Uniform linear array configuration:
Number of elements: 8
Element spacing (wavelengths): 1
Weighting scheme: hann
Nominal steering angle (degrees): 30
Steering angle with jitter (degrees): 29.106
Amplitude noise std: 0.05
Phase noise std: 0.05

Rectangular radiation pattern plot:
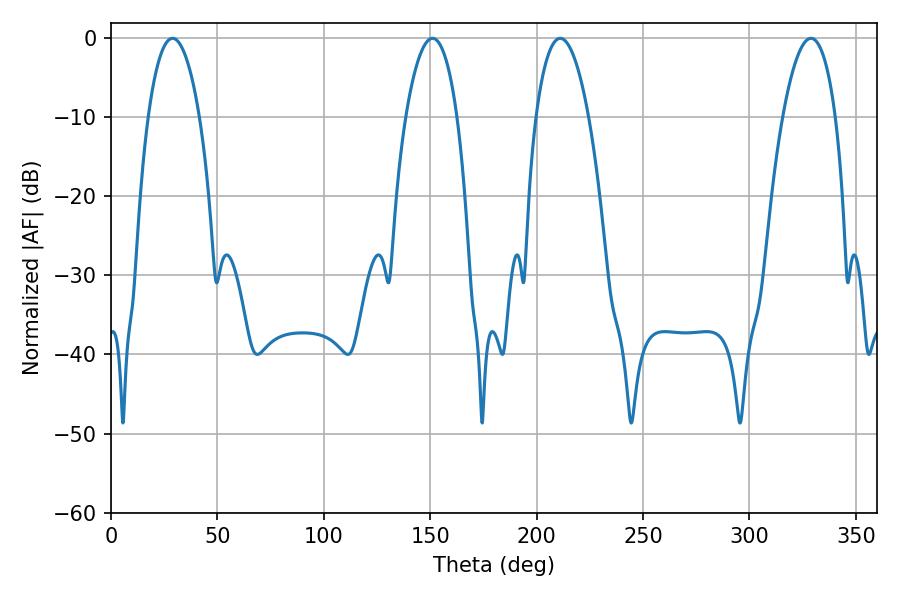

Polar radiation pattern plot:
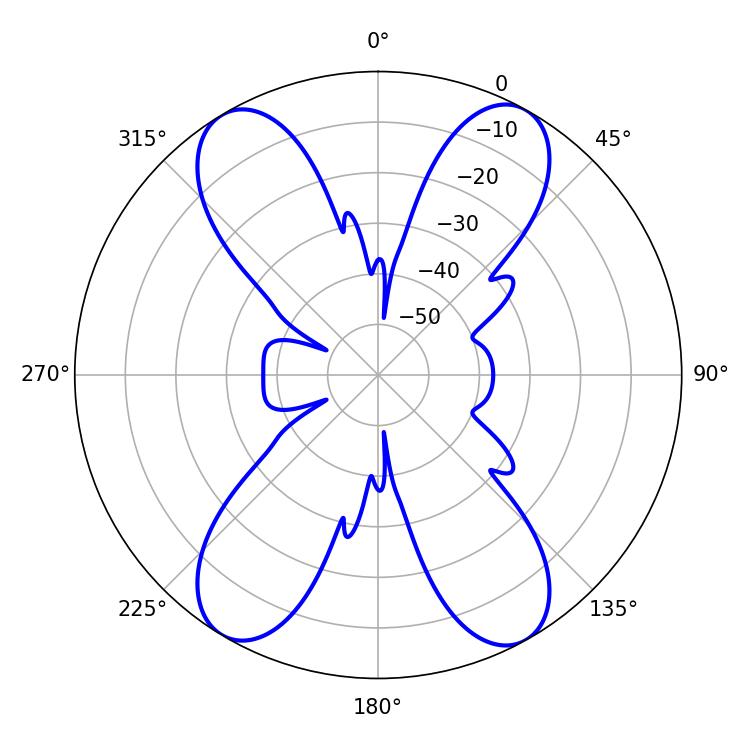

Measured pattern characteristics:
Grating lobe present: TRUE
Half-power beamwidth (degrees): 13.86
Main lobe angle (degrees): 211.14